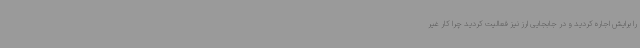
را برایش اجاره کردید و در جابجایی ارز نیز فعالیت کردید چرا کار غیر